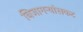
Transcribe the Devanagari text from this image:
बिजागऱ्यांसकट